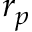
r _ { p }